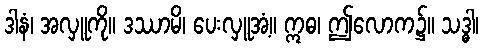
ဒါနံ၊ အလှူကို။ ဒဿာမိ၊ ပေးလှူအံ့။ ဣဓ၊ ဤလောက၌။ သဒ္ဓါ၊